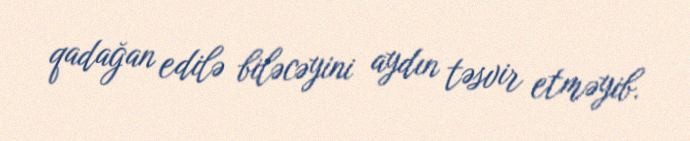
qadağan edilə biləcəyini aydın təsvir etməyib.